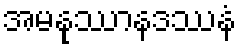
အမနုဿာနဒဿနံ